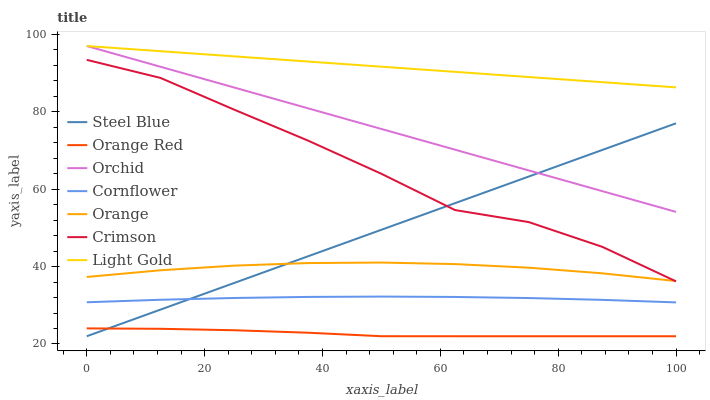
| xaxis_label | Steel Blue | Orange Red | Orchid | Cornflower | Orange | Crimson | Light Gold |
 | --- | --- | --- | --- | --- | --- | --- | --- |
 | 0 | 22 | 24 | 97 | 30.8 | 37.3 | 93.4 | 97 |
 | 12.5 | 28.9 | 23.9 | 91.6 | 31.4 | 39 | 88.8 | 95.7 |
 | 25 | 35.8 | 23.6 | 86.3 | 31.9 | 40.2 | 80.6 | 94.3 |
 | 37.5 | 42.6 | 22.9 | 80.9 | 32.2 | 40.9 | 72.6 | 93 |
 | 50 | 49.5 | 22 | 75.6 | 32.3 | 41 | 64 | 91.7 |
 | 62.5 | 56.4 | 22 | 70.2 | 32.2 | 40.6 | 54.6 | 90.3 |
 | 75 | 63.3 | 22 | 64.8 | 31.9 | 39.7 | 51.5 | 89 |
 | 87.5 | 70.1 | 22 | 59.5 | 31.4 | 38.3 | 45.1 | 87.7 |
 | 100 | 77 | 22 | 54.1 | 30.7 | 36.3 | 36.2 | 86.3 |